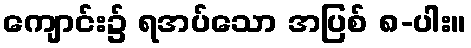
ကျောင်း၌ ရအပ်သော အပြစ် ၈-ပါး။